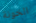
الخونة